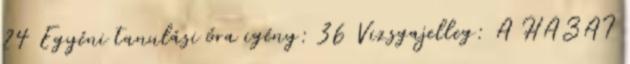
24 Egyéni tanulási óra igény: 36 Vizsgajelleg: A HAZAI